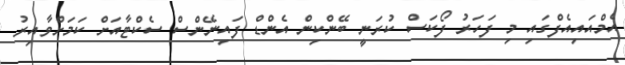
އެމްއައިއެފްގައި މި ފަހަރު ފޯކަސް ކުރަނީ ބޭންކިން އެންޑް ފައިނޭންސް ސެކްޓާއަށް ކަމަށްވާއިރު